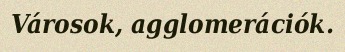
Városok, agglomerációk.